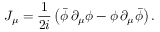
J _ { \mu } = \frac { 1 } { 2 i } \left( \bar { \phi } \, \partial _ { \mu } \phi - \phi \, \partial _ { \mu } \bar { \phi } \right) .